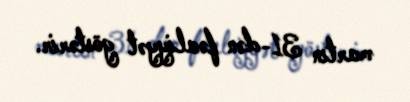
martın 31-dən fəaliyyət göstərir.